Scottish Leaving Certificate Examination, 1958
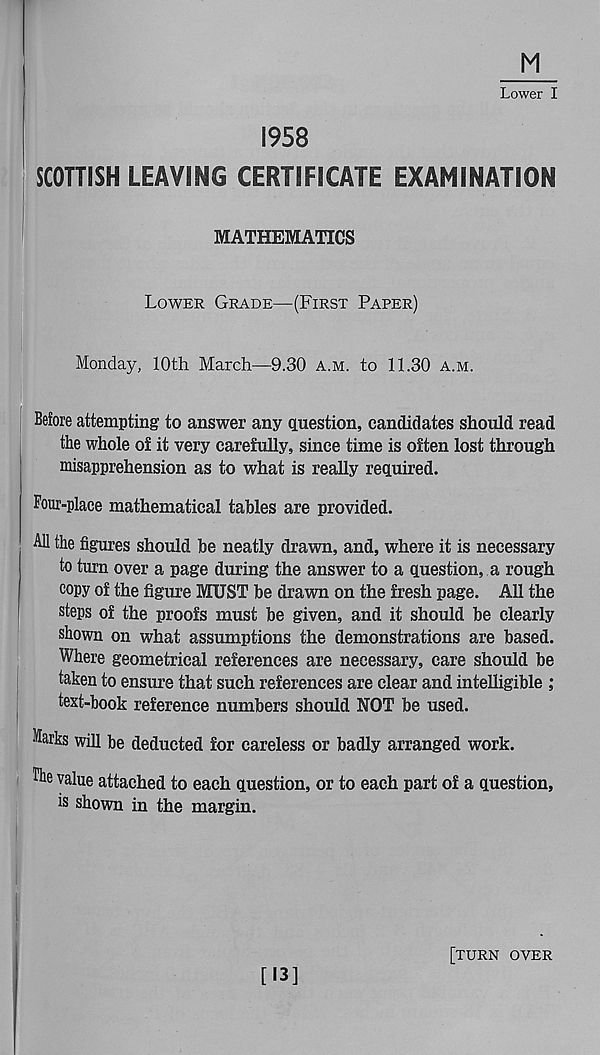
Lower I
1958
SCOTTISH LEAVING CERTIFICATE EXAMINATION
MATHEMATICS
Lower Grade—(First Paper)
Monday, 10th March—9.30 a.m. to 11.30 a.m.
Before attempting to answer any question, candidates should read
the whole of it very carefully, since time is often lost through
misapprehension as to what is really required.
Four-place mathematical tables are provided.
All the figures should be neatly drawn, and, where it is necessary
to turn over a page during the answer to a question, a rough
copy of the figure MUST be drawn on the fresh page. All the
steps of the proofs must be given, and it should be clearly
shown on what assumptions the demonstrations are based.
Where geometrical references are necessary, care should be
taken to ensure that such references are clear and intelligible , *
text-book reference numbers should NOT be used.
Marks will be deducted for careless or badly arranged work.
value attached to each question, or to each part of a question,
is shown in the margin.
[13]
[turn over